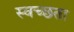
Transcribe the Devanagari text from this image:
स्वच्‍छता